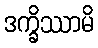
ဒက္ခိဿာမိ